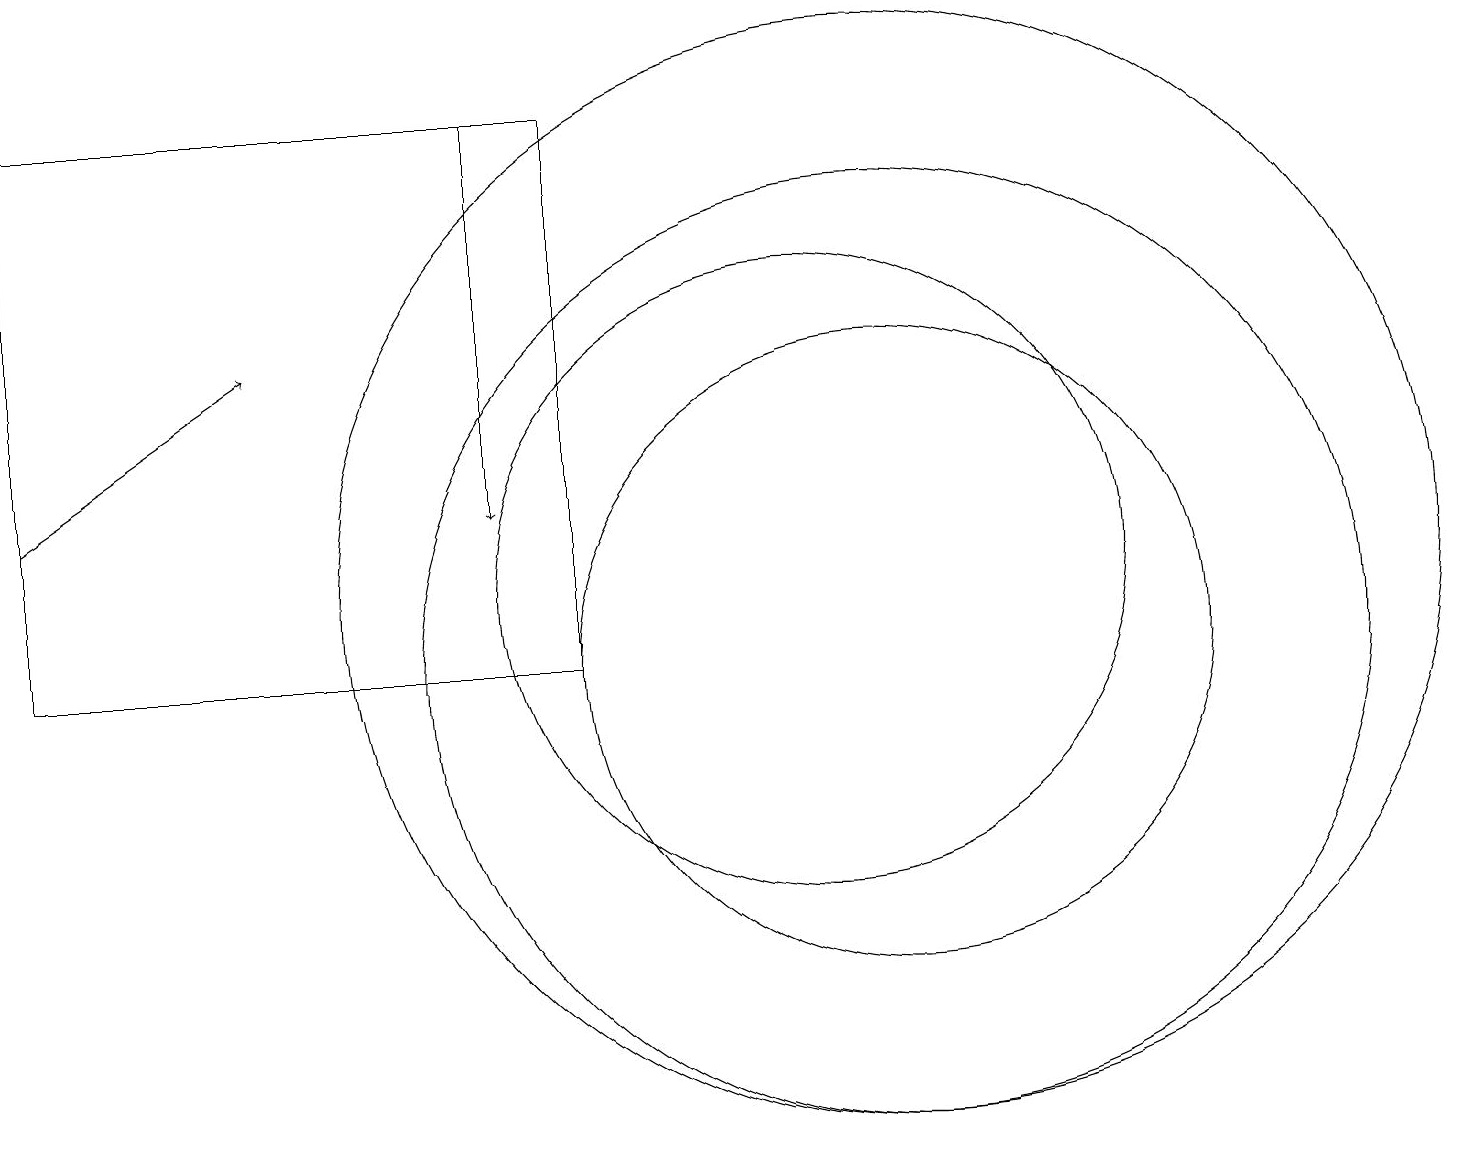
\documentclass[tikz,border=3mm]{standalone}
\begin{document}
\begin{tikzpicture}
\draw[->] (0,12) -- (3,14);
\draw (10,11) circle (4);
\draw[->] (6,17) -- (6,12);
\draw (11,10) circle (6);
\draw (11,11) circle (7);
\draw (0,10) rectangle (7,17);
\draw (11,10) circle (4);
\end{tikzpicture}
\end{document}